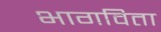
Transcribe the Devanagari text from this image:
भागविता